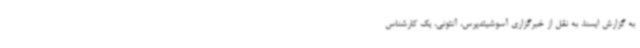
به گزارش ایسنا، به نقل از خبرگزاری آسوشیتدپرس، آنتونی، یک کارشناس